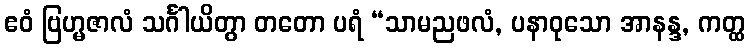
ဧဝံ ဗြဟ္မဇာလံ သင်္ဂါယိတွာ တတော ပရံ “သာမညဖလံ, ပနာဝုသော အာနန္ဒ, ကတ္ထ